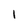
Character: 1